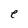
Character: e